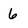
Character: 6